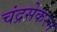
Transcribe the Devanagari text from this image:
चंद्रसेकरन